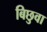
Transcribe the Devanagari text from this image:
बिछुवा